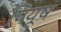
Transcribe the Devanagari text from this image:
पियूष